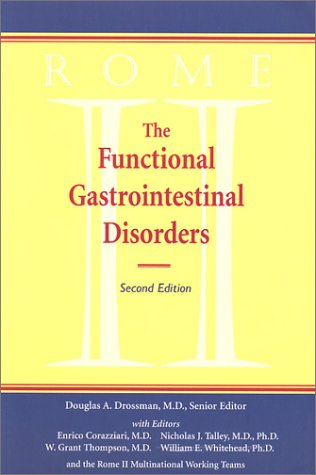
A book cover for Rome II: The Functional Gastrointestinal Disorders; Health, Fitness & Dieting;